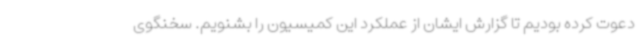
دعوت کرده بودیم تا گزارش ایشان از عملکرد این کمیسیون را بشنویم. سخنگوی